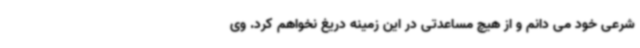
شرعی خود می دانم و از هیچ مساعدتی در این زمینه دریغ نخواهم کرد. وی